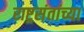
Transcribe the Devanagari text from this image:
राष्ट्रसंतांच्या